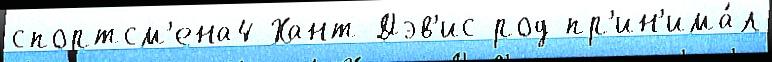
спортсм'ена4 Хант-Дэв'ис род пр'ин'има́л